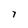
Character: 7